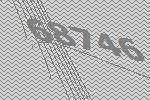
68746